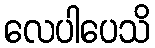
လေပါပေသိ